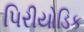
પિરીયોડિક